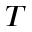
T